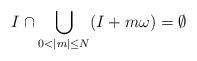
LaTeX: \begin{align*}I \cap \bigcup \limits_{0 < |m| \leq N} (I + m\omega) = \emptyset\end{align*}